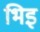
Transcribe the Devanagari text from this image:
भिइ